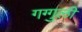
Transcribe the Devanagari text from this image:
गग्गुली